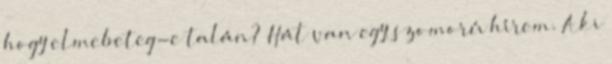
hogy elmebeteg-e talán? Hát van egy szomorú hírem. Aki